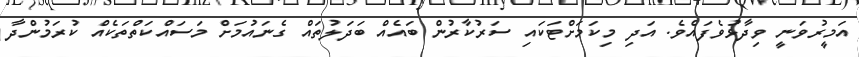
އަމީރުވަނީ ވިދާޅުވެފައެވެ. އަދި މިކަމަށްޓަކައި ސަރުކާރުން ބައެއް ބަދަލުތައް ގެނައުމަށް މަސައްކަތްތަކެއް ކުރަމުންދާ